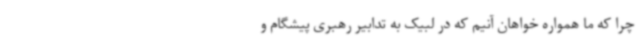
چرا که ما همواره خواهان آنیم که در لبیک به تدابیر رهبری پیشگام و